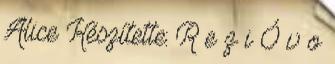
Alice Készítette: R e z i Ó v o